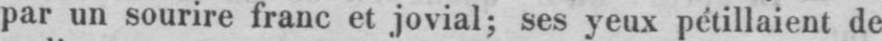
par un sourire franc et jovial; ses yeux pétillaient de